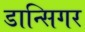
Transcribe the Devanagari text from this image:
डान्सिगर